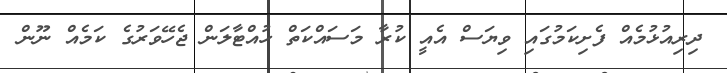
ދިރިއުޅުމެއް ފެށިކަމުގައި ވިޔަސް އެއީ ކުރާ މަސައްކަތް ހުއްޓާލަން ޖެހޭވަރުގެ ކަމެއް ނޫން